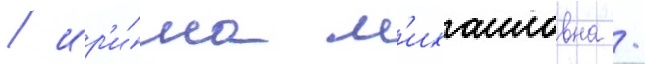
/ ир'и́на м'ихаиловна /